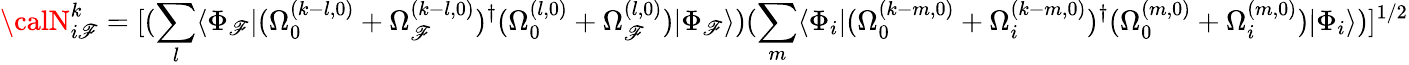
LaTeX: {\calN}_{i\mathscr{F}}^{k}=[(\sum_{l}\langle\Phi_{\mathscr{F}}|(\Omega_{0}^{(k-l,0)}+\Omega_{\mathscr{F}}^{(k-l,0)})^{\dagger}(\Omega_{0}^{(l,0)}+\Omega_{\mathscr{F}}^{(l,0)})|\Phi_{\mathscr{F}}\rangle)(\sum_{m}\langle\Phi_{i}|(\Omega_{0}^{(k-m,0)}+\Omega_{i}^{(k-m,0)})^{\dagger}(\Omega_{0}^{(m,0)}+\Omega_{i}^{(m,0)})|\Phi_{i}\rangle)]^{1/2}